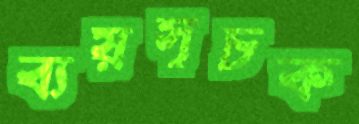
ব্যয়সূচক